Report of the Indian Hemp Drugs Commission, 1894-1895 - Volume I
Year: 1894
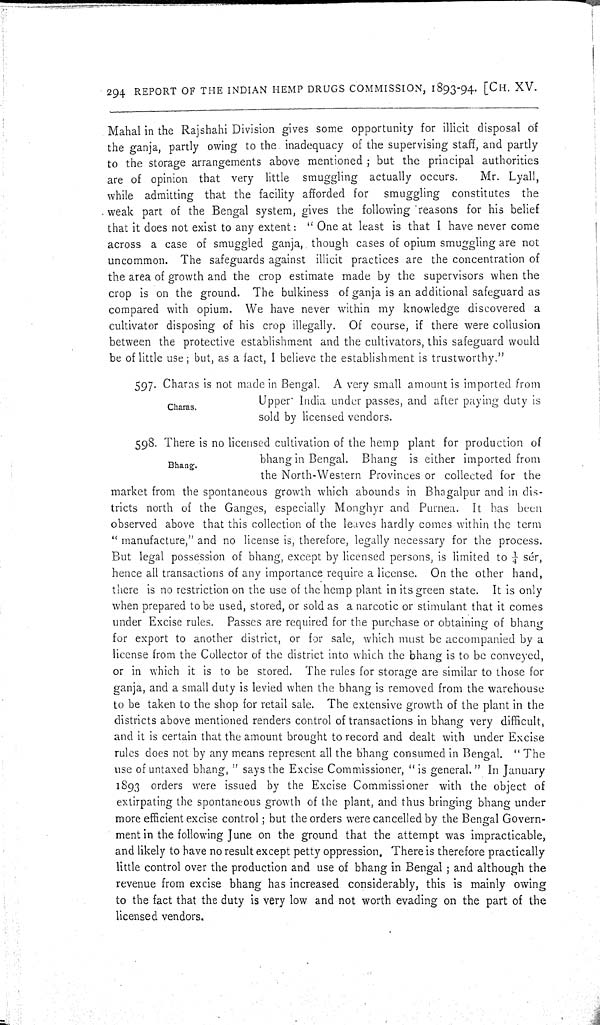
294 REPORT OF THE INDIAN HEMP DRUGS COMMISSION, 1893-94. [CH. XV.
Mahal in the Rajshahi Division gives some opportunity for illicit disposal of
the ganja, partly owing to the inadequacy of the supervising staff, and partly
to the storage arrangements above mentioned; but the principal authorities
are of opinion that very little smuggling actually occurs.
Mr. Lyall,
while admitting that the facility afforded for
smuggling constitutes the
weak part of the Bengal system, gives the following reasons for his belief
that it does not exist to any extent: "One at least is that I have never come
across a case of smuggled ganja, though cases of opium smuggling are not
uncommon. The safeguards against illicit practices are the concentration of
the area of growth and the crop estimate made by the supervisors when the
crop is on the ground. The bulkiness of ganja is an additional safeguard as
compared with opium. We have never within my knowledge discovered a
cultivator disposing of his crop illegally. Of course, if there were collusion
between the protective establishment and the cultivators, this safeguard would
be of little use; but, as a fact, I believe the establishment is trustworthy."
Charas.
597. Charas is not made in Bengal. A very small amount is imported from
Upper India under passes, and after paying duty is
sold by licensed vendors.
Bhang.
598. There is no licensed cultivation of the hemp plant for production of
bhang in Bengal. Bhang is either imported from
the North-Western Provinces or collected for the
market from the spontaneous growth which abounds in Bhagalpur and in dis-
tricts north of the Ganges, especially Monghyr and Purnea. It has been
observed above that this collection of the leaves hardly comes within the term
"manufacture," and no license is, therefore, legally necessary for the process.
But legal possession of bhang, except by licensed persons, is limited to 1/4 sér,
hence all transactions of any importance require a license. On the other hand,
there is no restriction on the use of the hemp plant in its green state. It is only
when prepared to be used, stored, or sold as a narcotic or stimulant that it comes
under Excise rules. Passes are required for the purchase or obtaining of bhang
for export to another district, or for sale, which must be accompanied by a
license from the Collector of the district into which the bhang is to be conveyed,
or in which it is to be stored. The rules for storage are similar to those for
ganja, and a small duty is levied when the bhang is removed from the warehouse
to be taken to the shop for retail sale. The extensive growth of the plant in the
districts above mentioned renders control of transactions in bhang very difficult,
and it is certain that the amount brought to record and dealt with under Excise
rules does not by any means represent all the bhang consumed in Bengal. "The
use of untaxed bhang," says the Excise Commissioner, "is general." In January
1893 orders were issued by the Excise Commissioner with the object of
extirpating the spontaneous growth of the plant, and thus bringing bhang under
more efficient excise control; but the orders were cancelled by the Bengal Govern-
ment in the following June on the ground that the attempt was impracticable,
and likely to have no result except petty oppression. There is therefore practically
little control over the production and use of bhang in Bengal; and although the
revenue from excise bhang has increased considerably, this is mainly owing
to the fact that the duty is very low and not worth evading on the part of the
licensed vendors.